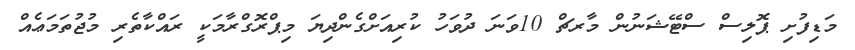
މަޑިފުށި ޕޮލިސް ސްޓޭޝަނުން މާރޗް 10ވަނަ ދުވަހު ކުރިއަށްގެންދިޔަ މިޕްރޮގްރާމަކީ ރައްކާތެރި މުޖުތަމަޢެއް